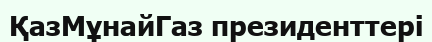
ҚазМұнайГаз президенттері